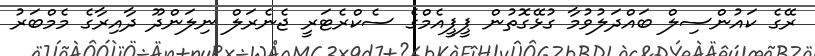
ރޭގެ ކައުންސިލް ބައްދަލުވުމާ ގުޅޭގޮތުން ޕީޕީއެމްގެ ސެކްރެޓަރީ ޖެނެރަލް ނިލަންދޫ ދާއިރާގެ މެމްބަރު